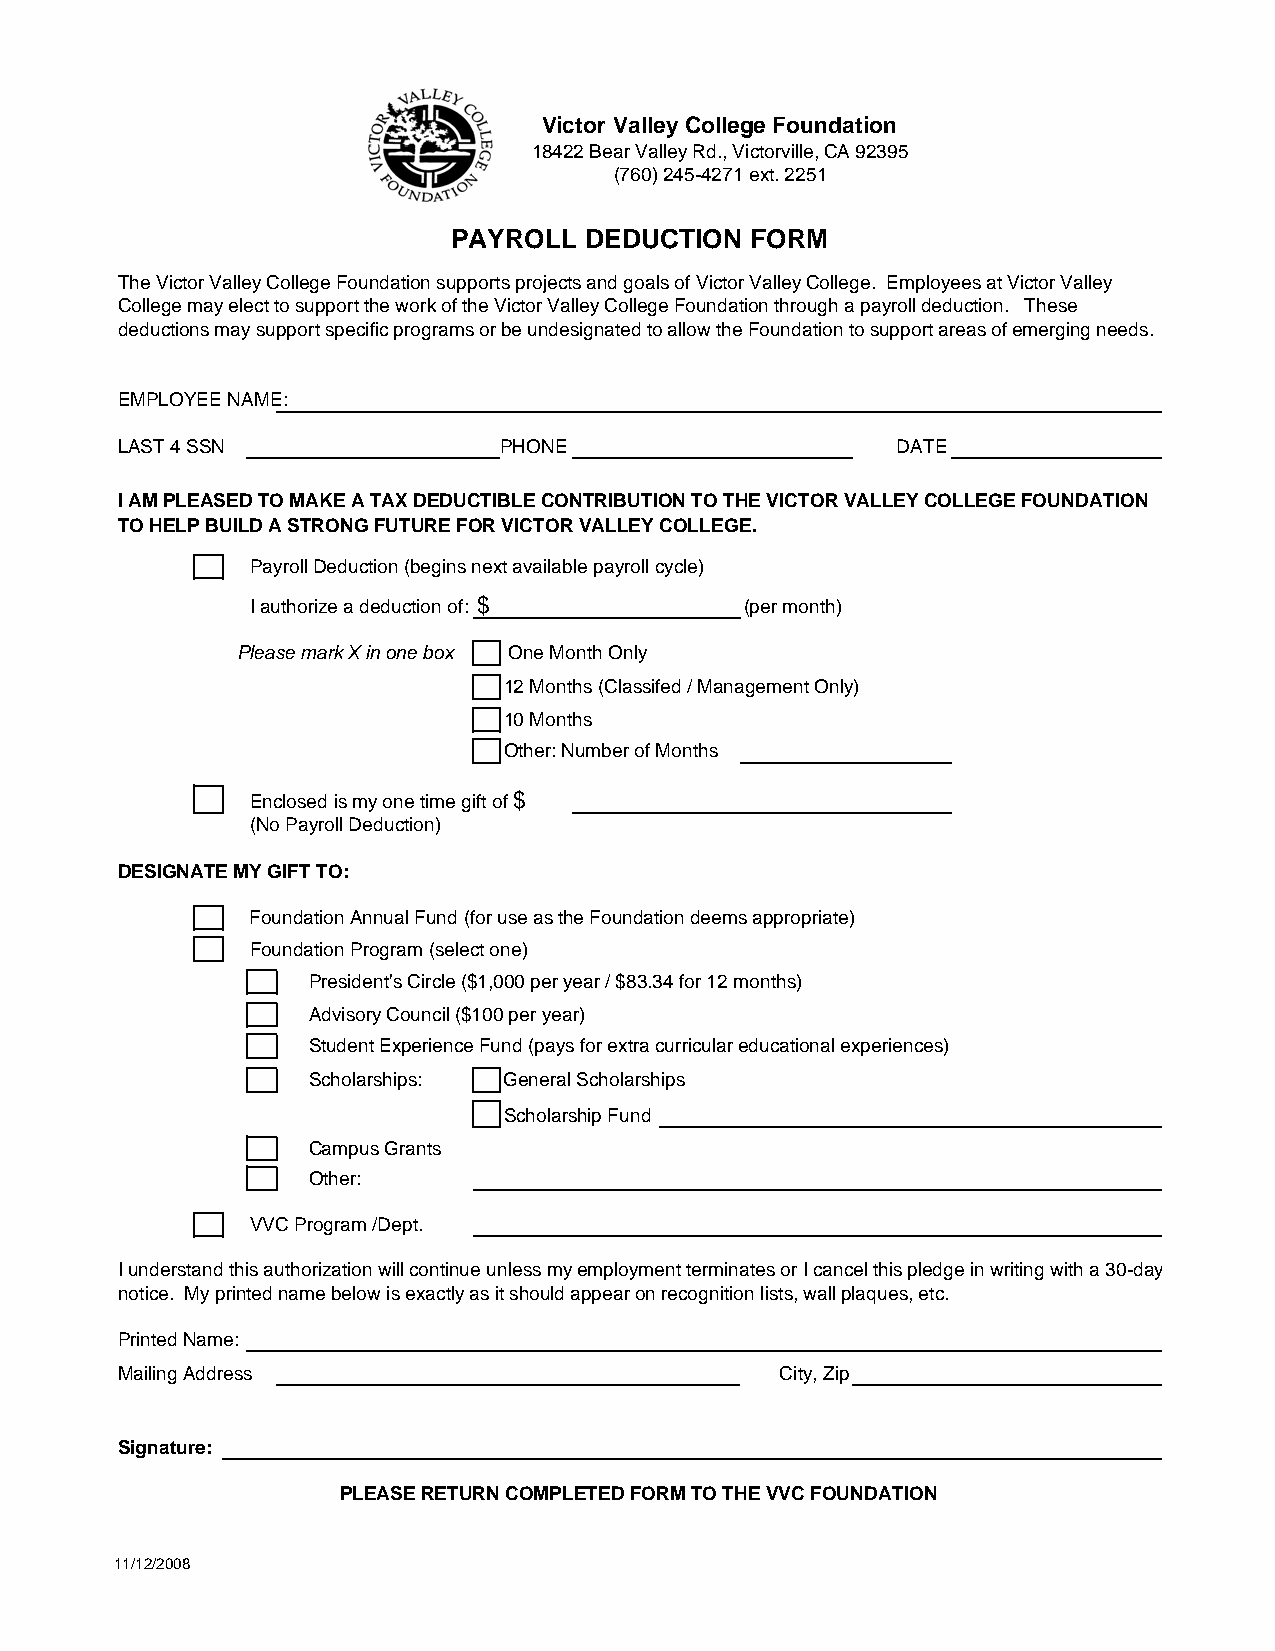
Victor Valley College Foundation
 18422 Bear Valley Rd., Victorville, CA 92395
 (760) 245-4271 ext. 2251
 PAYROLL  DEDUCTION  FORM
 The Victor Valley College Foundation supports projects and goals of Victor Valley College. Employees at Victor Valley
 College may elect to support the work of the Victor Valley College Foundation through a payroll deduction. These
 deductions may support specific programs or be undesignated to allow the Foundation to support areas of emerging needs.
 EMPLOYEE NAME:
 LAST 4 SSN               PHONE                     DATE
 I AM PLEASED TO MAKE A TAX DEDUCTIBLE CONTRIBUTION TO THE VICTOR VALLEY COLLEGE FOUNDATION
 TO HELP BUILD A STRONG FUTURE FOR VICTOR VALLEY COLLEGE.
 Payroll Deduction (begins next available payroll cycle)
 I authorize a deduction of: $   (per month)
 Please mark X in one box One Month Only
 12 Months (Classifed / Management Only)
 10 Months
 Other: Number of Months
 Enclosed is my one time gift of $
 (No Payroll Deduction)
 DESIGNATE MY GIFT TO:
 Foundation Annual Fund (for use as the Foundation deems appropriate)
 Foundation Program (select one)
 President's Circle ($1,000 per year / $83.34 for 12 months)
 Advisory Council ($100 per year)
 Student Experience Fund (pays for extra curricular educational experiences)
 Scholarships: General Scholarships
 Scholarship Fund
 Campus Grants
 Other:
 VVC Program /Dept.
 I understand this authorization will continue unless my employment terminates or I cancel this pledge in writing with a 30-day
 notice. My printed name below is exactly as it should appear on recognition lists, wall plaques, etc.
 Printed Name:
 Mailing Address                             City, Zip
 Signature:
 PLEASE RETURN COMPLETED FORM TO THE VVC FOUNDATION
 11/12/2008